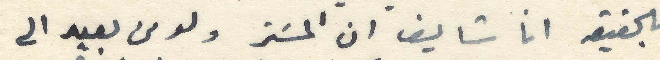
بالحقيقه انا شايف ان المستر ولو من بعيد الى